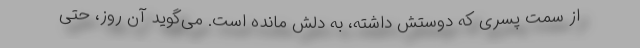
از سمت پسری که دوستش داشته، به دلش مانده است. می‌گوید آن روز، حتی